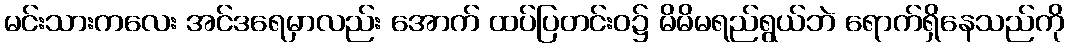
မင်းသားကလေး အင်ဒရေမှာလည်း အောက် ထပ်ပြတင်းဝ၌ မိမိမရည်ရွယ်ဘဲ ရောက်ရှိနေသည်ကို